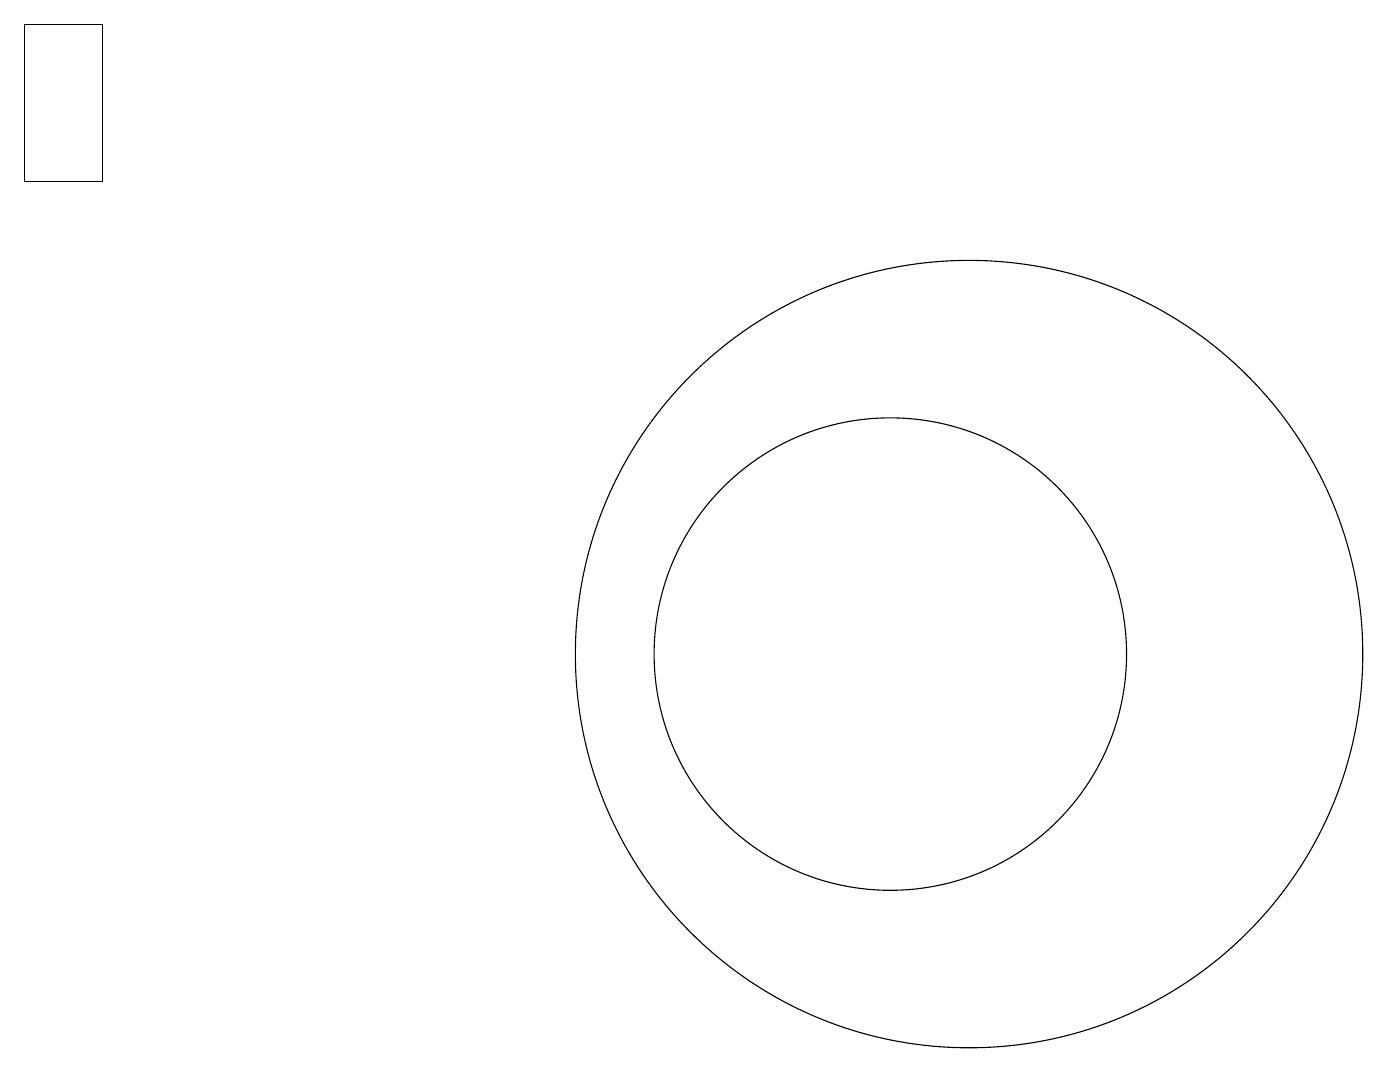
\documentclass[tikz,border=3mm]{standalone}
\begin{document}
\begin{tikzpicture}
\draw (1,16) rectangle (0,18);
\draw (12,10) circle (5);
\draw (11,10) circle (3);
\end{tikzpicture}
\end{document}